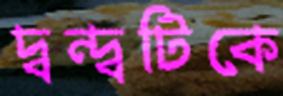
দ্বন্দ্বটিকে